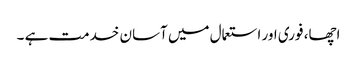
اچھا، فوری اور استعمال میں آسان خدمت ہے ۔